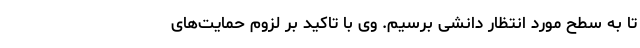
تا به سطح مورد انتظار دانشی برسیم. وی با تاکید بر لزوم حمایت‌های